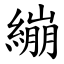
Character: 繃